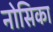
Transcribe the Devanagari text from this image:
नोसिका